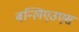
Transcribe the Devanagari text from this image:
बन्लिएउएस